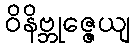
ဝိနိဗ္ဘုဇ္ဇေယျ